Annual administration report of the Civil Veterinary Department of India - 1892-1893
Year: 1892
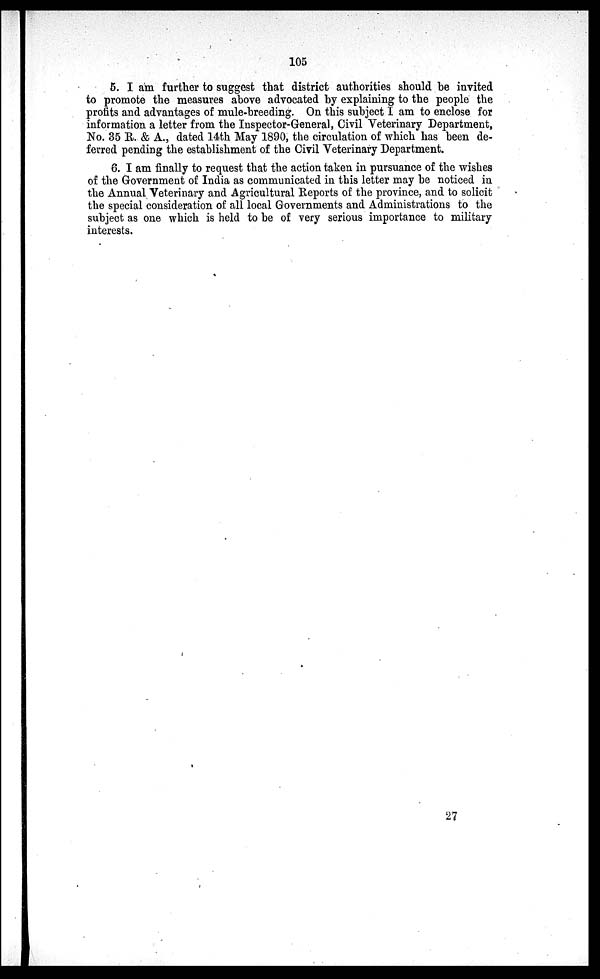
105
5. I am further to suggest that district authorities should be invited
to promote the measures above advocated by explaining to the people the
profits and advantages of mule-breeding. On this subject I am to enclose for
information a letter from the Inspector-General, Civil Veterinary Department,
No. 35 R. & A., dated 14th May 1890, the circulation of which has been de-
ferred pending the establishment of the Civil Veterinary Department.
6. I am finally to request that the action taken in pursuance of the wishes
of the Government of India as communicated in this letter may be noticed in
the Annual Veterinary and Agricultural Reports of the province, and to solicit
the special consideration of all local Governments and Administrations to the
subject as one which is held to be of very serious importance to military
interests.
27